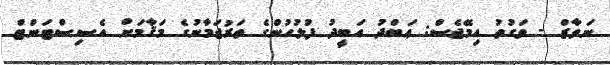
ނަވާޒް - ވަގުތު އިމޭޖެސް: ޢަބްދު އަބީދު ފުލުހުންގެ ތަރުޖަމާނުގެ މަޤާމަށް އެސިސްޓަންޓް